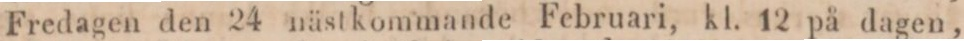
Fredagen den 24 nästkommande Februari, kl. 12 på dagen,